Civil Veterinary Department. United Provinces 1932-42 - 1932-1942
Year: 1932
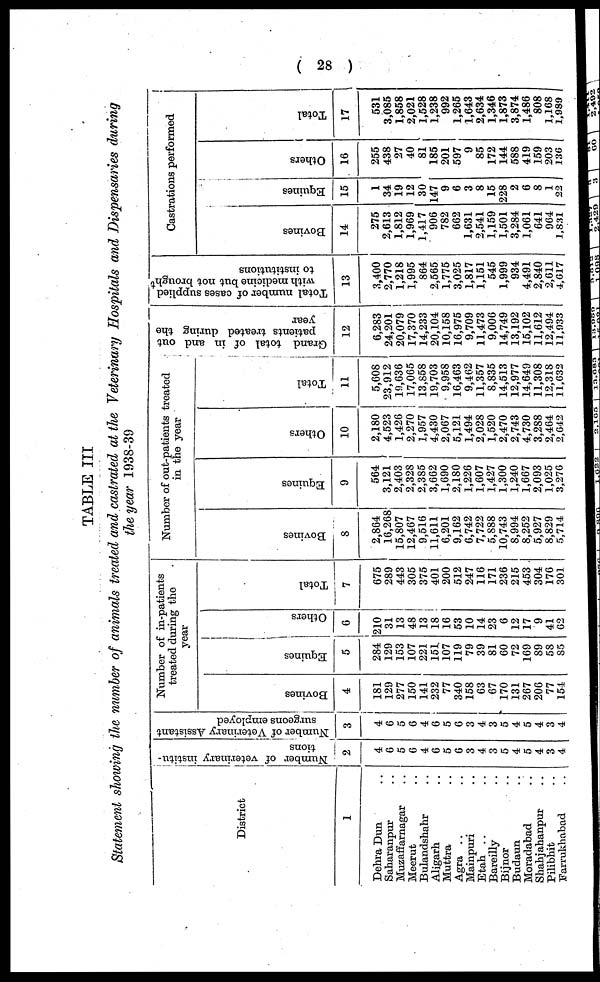
(28)
TABLE III
Statement showing the number of animals treated and castrated at the Veterinary Hospitals and Dispensaries during
the year 1938-39
District
1
Dehra Dun ..
Saharanpur ..
Muzaffarnagar ..
Meerut ..
Bulandshahr ..
Aligarh ..
Muttra ..
Agra .. ..
Mainpuri ..
Etah .. ..
Bareilly ..
Bijnor ..
Budaun ..
Moradabad ..
Shahjahanpur ..
Pilibhit ..
Farrukhabad ..
Number of veterinary institu-
tions
2
4
6
5
6
4
6
5
6
3
4
3
5
4
5
4
3
4
Number of Veterinary Assistant
surgeons employed
3
4
6
5
6
4
6
5
6
3
4
3
0
4
5
4
3
4
Number of in-patients
treated during the
year
Bovines
4
181
129
277
150
141
232
77
340
158
63
67
170
131
267
206
77
154
Equines
5
284
129
153
107
221
151.
107
119
79
39
81
60
72
169
89
58
85
Others
6
210
31
13
48
13
18
16
53
10
14
23
6
12
17
9
41
62
Total
7
675
289
443
305
375
401
200
512
247
116
171
236
215
453
304
176
301
Number of out-patients treated
in the year
Bovines
8
2,864
16,268
15,807
12,467
9,516
11,611
6,201
9,162
6,742
7,722
5,888
10,743
8,994
8,252
5,927
8,829
5,714
Equines
9
564
3,121
2,403
2,328
2,385
3,662
1,690
2,180
1,226
1,607
1,427
1,300
1,240
1,667
2,093
1,025
3,276
Others
10
2,180
4,523
1,426
2,270
1,957
4,430
2,067
5,121
1,494
2,028
1,520
2,470
2,743
4,730
3,288
2,464
2,642
Total
11
5,608
23,912
19,636
17,065
13,858
19,703
9,958
16,463
9,462
11,357
8,835
14,513
12,977
14,649
11,308
12,318
11,632
Grand total of in and out
patients treated during the
year
12
6,283
24,201
20,079
17,370
14,233
20,104
10,158
16,975
9,709
11,473
9,006
14,749
13,192
15,102
11,612
12,494
11,933
Total number of cases supplied
with medicine but not brough
to institutions
13
3,400
2,770
1,218
1,995
864
2,565
1,775
3,025
1,817
1,151
545
1,999
934
4,491
2,840
2,611
4,617
Castrations performed
Bovines
14
275
2,613
1,812
1,969
1,417
906
782
662
1,631
2,541
1,159
1,501
3,284
1,061
641
964
1,831
Equines
15
1
34
19
12
30
147
9
6
3
8
15
228
2
6
8
1
22
Others
16
255
438
27
40
81
185
201
597
9
85
172
144
588
419
159
203
136
Total
17
531
3,085
1,858
2,021
1,528
1,238
992
1,265
1,643
2,634
1,346
1,873
3,874
1,486
808
1,168
1,989